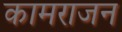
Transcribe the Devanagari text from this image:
कामराजन